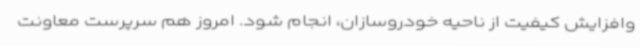
وافزایش کیفیت از ناحیه خودروسازان، انجام شود. امروز هم سرپرست معاونت